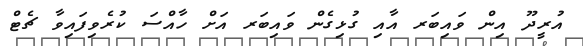
އުރީދޫ އިން ވައިބަރ އާއި ގުޅިގެން ވައިބަރ އަށް ހާއްސަ ކުރެވިފައިވާ ޗެޓް